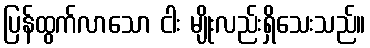
ပြန်ထွက်လာသော ငါး မျိုးလည်းရှိသေးသည်။